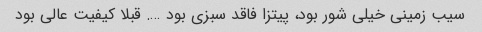
سیب زمینی خیلی شور بود، پیتزا فاقد سبزی بود …. قبلا کیفیت عالی بود